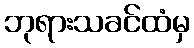
ဘုရားသခင်ထံမှ